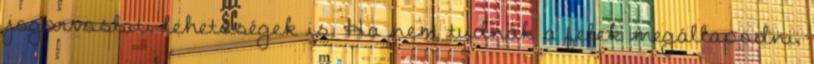
jogorvoslati lehetőségek is. Ha nem tudnak a felek megállapodni,